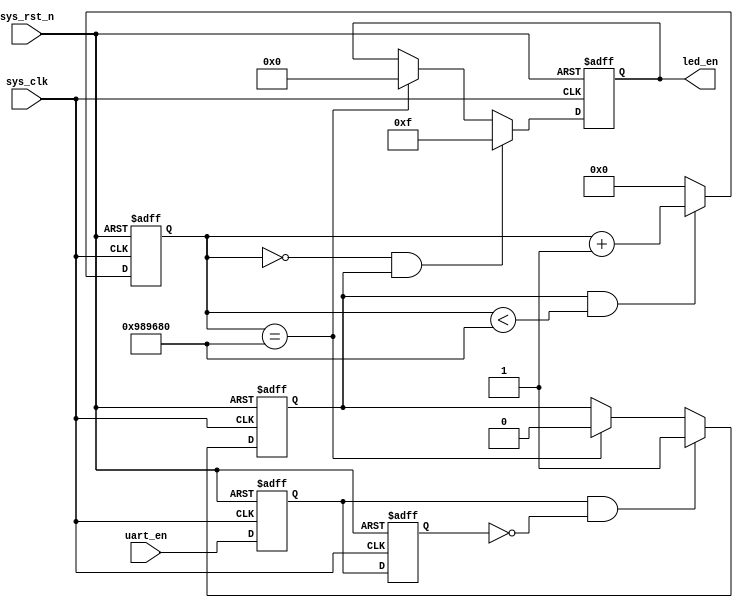
module led(
	input sys_clk,
	input sys_rst_n,
	input uart_en,
	output reg[3:0] led_en
);
wire flag;
reg uart_en_d0;
reg uart_en_d1;
assign flag=uart_en_d0&(~uart_en_d1);
reg [23:0] counter;
reg start_flag;

always @(posedge sys_clk,negedge sys_rst_n)begin
	if (!sys_rst_n) begin
        uart_en_d0 <= 1'b0;                                  
        uart_en_d1 <= 1'b0;
    end                                                      
    else begin                                               
        uart_en_d0 <= uart_en;                               
        uart_en_d1 <= uart_en_d0;                            
    end
end
always @(posedge sys_clk or negedge sys_rst_n) begin
    if (!sys_rst_n)begin
        
		  start_flag<=1'b0;
	 end	  
    else if (flag)
        start_flag<=1'b1;
	else if(counter==24'd1000_0000)
		  start_flag<=1'b0;
    else
        start_flag<=start_flag;
		  
end

always @(posedge sys_clk or negedge sys_rst_n) begin
    if (!sys_rst_n)
        counter <= 24'd0;
    else if (start_flag&&(counter < 24'd1000_0000))
        counter <= counter + 1'b1;
    else
        counter <= 24'd0;
end

always @(posedge sys_clk or negedge sys_rst_n) begin
    if (!sys_rst_n)
        led_en <= 4'b0000;
	 else if((counter == 24'd0)&&start_flag)
			led_en<=4'b1111;
    else if(counter == 24'd1000_0000) 
        led_en<=4'b0000;
    else
        led_en <= led_en;
end


endmodule